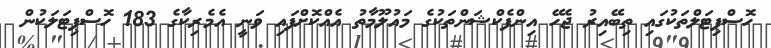
ހޮސްޕިޓަލްތަކުގައި ތިބޭއިރު ޖެހޭ އިންފެކްޝަންތަކުގެ މައުލޫމާތު އެއްކޮށްފައި ވަނީ އެމެރިކާގެ 183 ހޮސްޕިޓަލަކުން